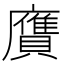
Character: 𧸛